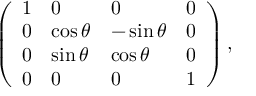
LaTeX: \left( \begin{array} { l l l l } { { 1 } } & { { 0 } } & { { 0 } } & { { 0 } } \\ { { 0 } } & { { \cos \theta } } & { { - \sin \theta } } & { { 0 } } \\ { { 0 } } & { { \sin \theta } } & { { \cos \theta } } & { { 0 } } \\ { { 0 } } & { { 0 } } & { { 0 } } & { { 1 } } \end{array} \right) ,